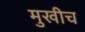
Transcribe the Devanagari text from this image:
मुखीच